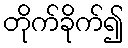
တိုက်ခိုက်၍